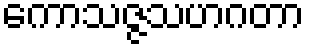
ကောသဇ္ဇသဟဂတာ